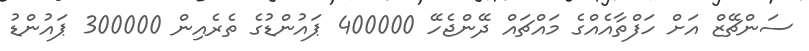
ސަންޗޭޒް އަށް ހަފްތާއެއްގެ މައްޗައް ދޭންޖެހޭ 400000 ޕައުންޑުގެ ތެރެއިން 300000 ޕައުންޑު